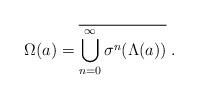
LaTeX: \begin{align*}\Omega(a)=\overline{\bigcup_{n=0}^{\infty}\sigma^n(\Lambda(a))}\;.\end{align*}